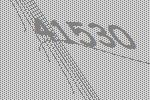
41530